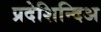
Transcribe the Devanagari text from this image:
प्रदेशिन्दिअ